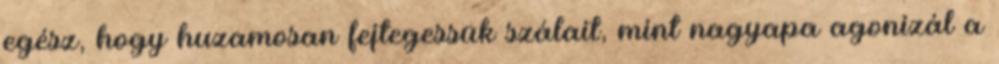
egész, hogy huzamosan fejtegessük szálait, mint nagyapa agonizál a